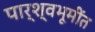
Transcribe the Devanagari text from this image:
पार्श्वभूमींत